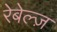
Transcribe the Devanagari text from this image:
रेबेल्ज़